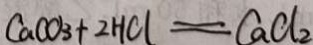
C a C O _ { 3 } + 2 H C l = C a C l _ { 2 }